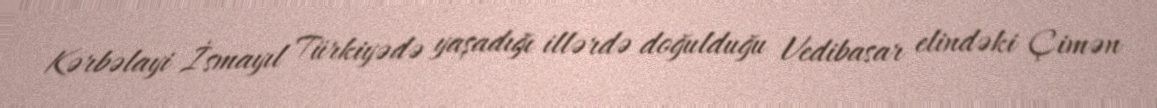
Kərbəlayi İsmayıl Türkiyədə yaşadığı illərdə doğulduğu Vedibasar elindəki Çimən